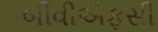
બીવીએફસી